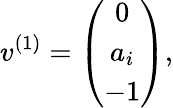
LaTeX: v^{(1)}=\left(\begin{array}{ccc}{{0}}\\ {{a_{i}}}\\ {{-1}}\end{array}\right),